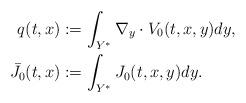
LaTeX: \begin{align*} q(t,x) &:= \int_{Y^{\ast}} \nabla_y \cdot V_0(t,x,y) dy, \\ \bar{J}_0(t,x) &:= \int_{Y^{\ast}} J_0(t,x,y) dy.\end{align*}